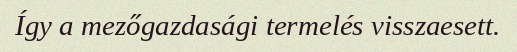
Így a mezőgazdasági termelés visszaesett.